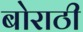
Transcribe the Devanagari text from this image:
बोराठी